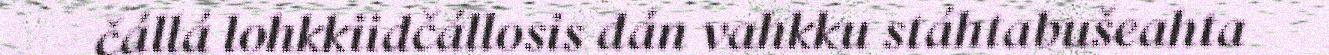
čállá lohkkiidčállosis dán vahkku stáhtabušeahta